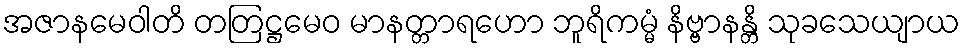
အဇာနမေဝါတိ တတြဋ္ဌမေဝ မာနတ္တာရဟော ဘူရိကမ္မံ နိဗ္ဗာနန္တိ သုခသေယျာယ